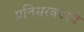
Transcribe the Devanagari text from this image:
प्रतिसरकारचे